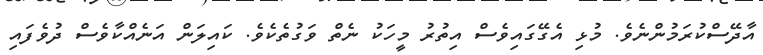
އާދޭސްކުރަމުންނެވެ. މުޅި އެގޭގައިވެސް އިތުރު މީހަކު ނެތް ވަގުތެކެވެ. ކައިލަން އަނެއްކާވެސް ދުވެފައި